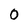
Character: 0